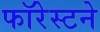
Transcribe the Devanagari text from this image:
फॉरेस्टने